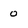
Character: 0